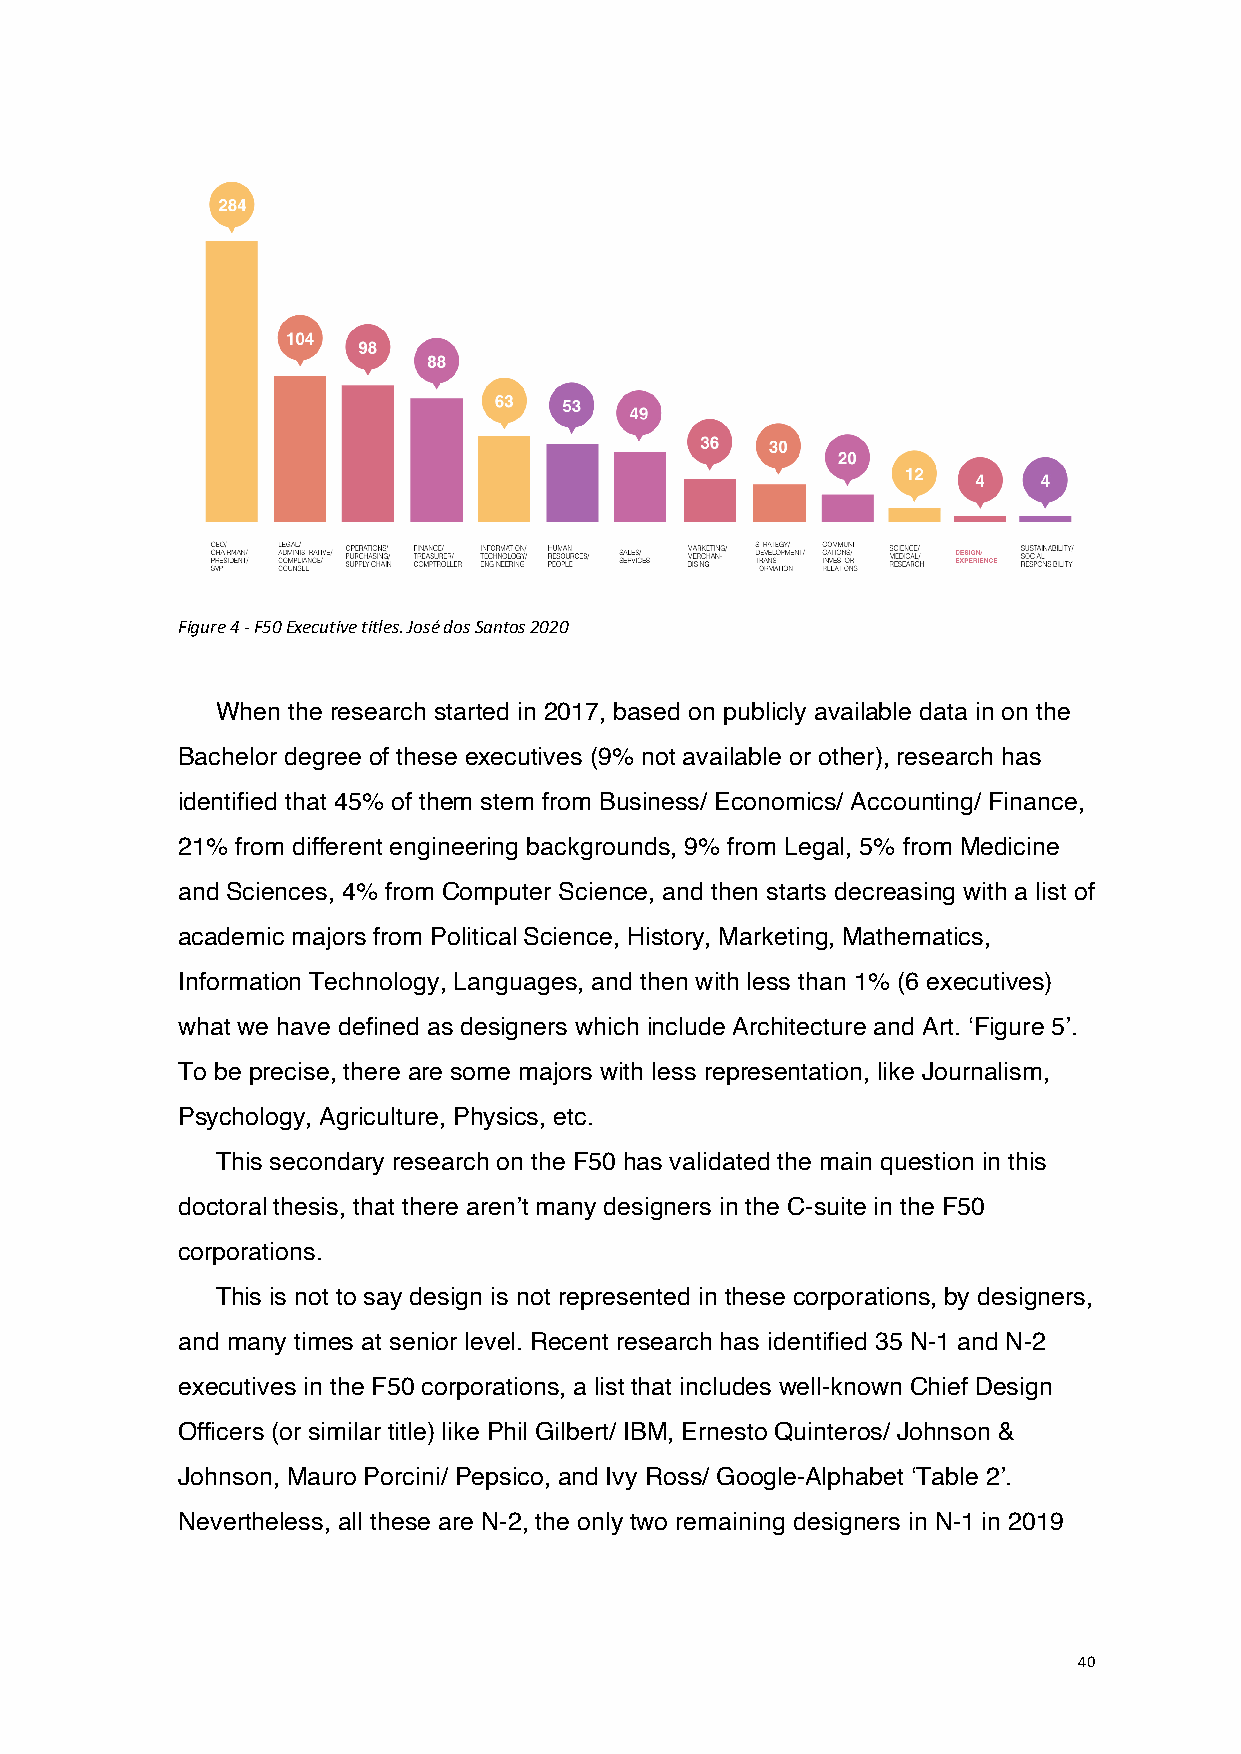
Figure 4 - F50 Executive titles. José dos Santos 2020
 When the research started in 2017, based on publicly available data in on the
 Bachelor degree of these executives (9% not available or other), research has
 identified that 45% of them stem from Business/ Economics/ Accounting/ Finance,
 21% from different engineering backgrounds, 9% from Legal, 5% from Medicine
 and Sciences, 4% from Computer Science, and then starts decreasing with a list of
 academic majors from Political Science, History, Marketing, Mathematics,
 Information Technology, Languages, and then with less than 1% (6 executives)
 what we have defined as designers which include Architecture and Art. ‘Figure 5’.
 To be precise, there are some majors with less representation, like Journalism,
 Psychology, Agriculture, Physics, etc.
 This secondary research on the F50 has validated the main question in this
 doctoral thesis, that there aren’t many designers in the C-suite in the F50
 corporations.
 This is not to say design is not represented in these corporations, by designers,
 and many times at senior level. Recent research has identified 35 N-1 and N-2
 executives in the F50 corporations, a list that includes well-known Chief Design
 Officers (or similar title) like Phil Gilbert/ IBM, Ernesto Quinteros/ Johnson &
 Johnson, Mauro Porcini/ Pepsico, and Ivy Ross/ Google-Alphabet ‘Table 2’.
 Nevertheless, all these are N-2, the only two remaining designers in N-1 in 2019
 40